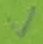
Text: V